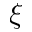
\xi